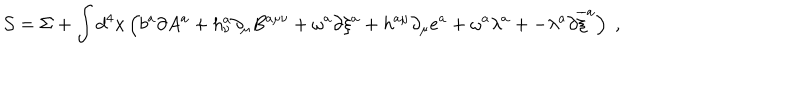
\mathcal { S } = \Sigma + \displaystyle \int d ^ { 4 } x \left( b ^ { a } \partial A ^ { a } + h _ { \nu } ^ { a } \partial _ { \mu } B ^ { a \mu \nu } + \omega ^ { a } \partial \xi ^ { a } + h ^ { a \mu } \partial _ { \mu } e ^ { a } + \omega ^ { a } \lambda ^ { a } + - \lambda ^ { a } \partial \overline { { { \xi } } } ^ { a } \right) \; ,